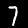
Digit: 7